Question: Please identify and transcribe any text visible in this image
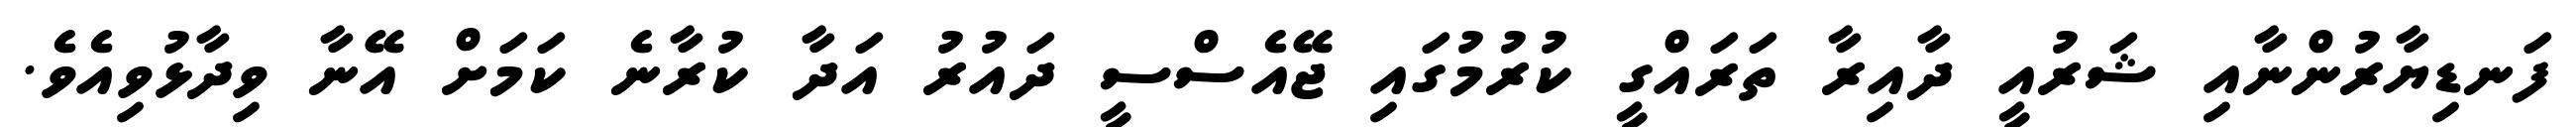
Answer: ފަނޑިޔާރުންނާއި ޝަރުއީ ދާއިރާ ތަރައްގީ ކުރުމުގައި ޖޭއެސްސީ ދައުރު އަދާ ކުރާނެ ކަމަށް އޭނާ ވިދާޅުވިއެވެ.